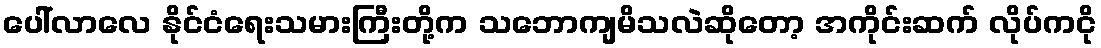
ပေါ်လာလေ နိုင်ငံရေးသမားကြီးတို့က သဘောကျမိသလဲဆိုတော့ အကိုင်းဆက် လိုပ်ကငို